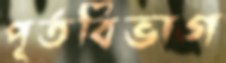
পূর্তবিভাগ